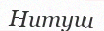
Нитуш